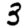
Digit: 3